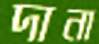
দানা